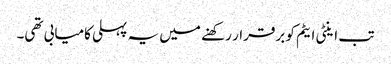
تب اینٹی ایٹم کو برقرار رکھنے میں یہ پہلی کامیابی تھی۔